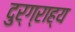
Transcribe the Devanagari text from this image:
दुर्ग्राह्य